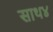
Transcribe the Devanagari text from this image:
साथ४